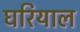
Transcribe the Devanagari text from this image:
घरियाल